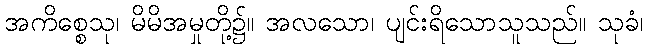
အကိစ္စေသု၊ မိမိအမှုတို့၌။ အလသော၊ ပျင်းရိသောသူသည်။ သုခံ၊